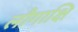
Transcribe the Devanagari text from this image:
लौगाक्षि